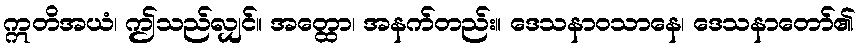
ဣတိအယံ၊ ဤသည်လျှင်။ အတ္ထော၊ အနက်တည်း။ ဒေသနာဝသာနေ၊ ဒေသနာတော်၏